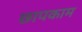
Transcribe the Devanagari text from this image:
छापकाम